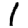
Digit: 1